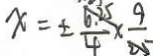
x = \pm \frac { 6 . 2 5 } { 4 } \times \frac { 9 } { 2 5 }